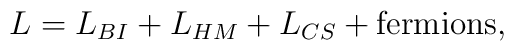
L = L_{BI} + L_{HM} + L_{CS} + \mbox{fermions},